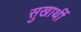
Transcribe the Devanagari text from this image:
सुखार्थी